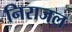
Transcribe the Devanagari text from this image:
निराजल